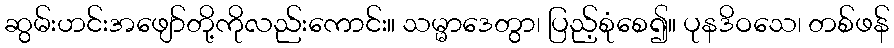
ဆွမ်းဟင်းအဖျော်တို့ကိုလည်းကောင်း။ သမ္မာဒေတွာ၊ ပြည့်စုံစေ၍။ ပုနဒိဝသေ၊ တစ်ဖန်